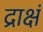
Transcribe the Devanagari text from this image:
द्राक्षं